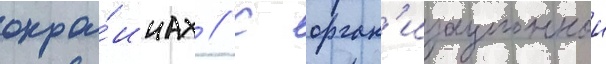
окра́инах // С орган'изационнои